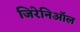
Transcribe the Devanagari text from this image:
जिरेनिऑल